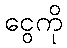
ငွေကို